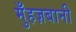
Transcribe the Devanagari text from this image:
मुँहज़बानी